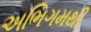
અભિગમથી